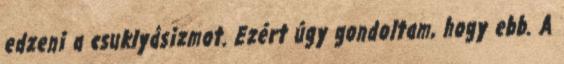
edzeni a csuklyásizmot. Ezért úgy gondoltam, hogy ebb. A